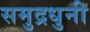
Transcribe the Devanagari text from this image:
समुद्रधुनी